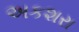
અકશરા